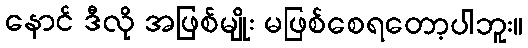
နောင် ဒီလို အဖြစ်မျိုး မဖြစ်စေရတော့ပါဘူး။